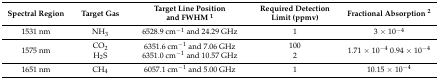
| Spectral Region | Target Gas | Target Line Position and FWHM 1 | Required Detection Limit (ppmv) | Fractional Absorption 2 |
 | --- | --- | --- | --- | --- |
 | 1531 nm | NH3 | 6528.9 cm−1 and 24.29 GHz | 1 | 3 × 10−4 |
 | 1575 nm | CO2 H2S | 6351.6 cm−1 and 7.06 GHz 6351.0 cm−1 and 10.57 GHz | 100 2 | 1.71 × 10−4 0.94 × 10−4 |
 | 1651 nm | CH4 | 6057.1 cm−1 and 5.00 GHz | 1 | 10.15 × 10−4 |